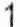
1